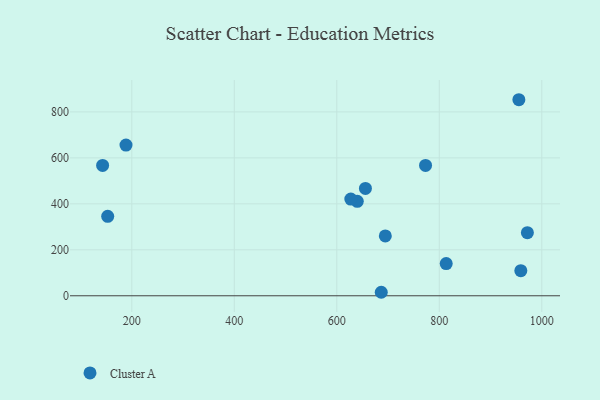
{"axis": {"x": "Engine Size", "y": "Rating"}, "legend": ["Cluster A"], "data": [{"x": "640.0", "y": 410.9, "type": "Cluster A"}, {"x": "153.0", "y": 345.6, "type": "Cluster A"}, {"x": "143.1", "y": 567.2, "type": "Cluster A"}, {"x": "627.4", "y": 420.6, "type": "Cluster A"}, {"x": "813.5", "y": 139.9, "type": "Cluster A"}, {"x": "188.7", "y": 655.6, "type": "Cluster A"}, {"x": "773.2", "y": 567.1, "type": "Cluster A"}, {"x": "959.1", "y": 109.2, "type": "Cluster A"}, {"x": "686.8", "y": 15.2, "type": "Cluster A"}, {"x": "971.9", "y": 274.7, "type": "Cluster A"}, {"x": "694.7", "y": 260.4, "type": "Cluster A"}, {"x": "955.3", "y": 853.0, "type": "Cluster A"}, {"x": "655.9", "y": 466.9, "type": "Cluster A"}]}